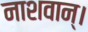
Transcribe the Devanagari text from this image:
नाशवान्।